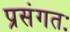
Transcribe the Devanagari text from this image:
प्रसंगतः